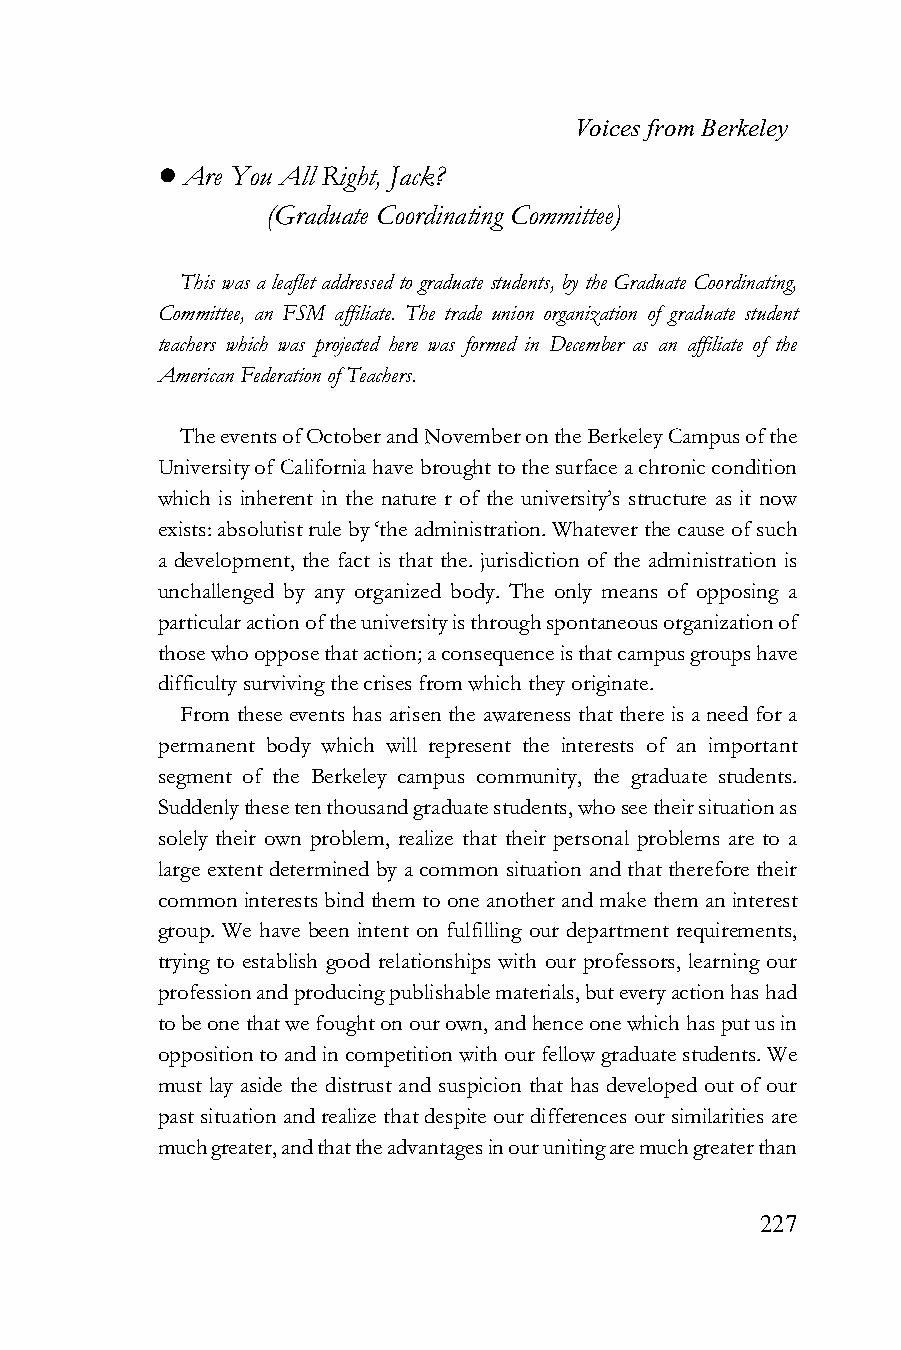
Voices from Berkeley
 ! Are You All Right, Jack?
 (Graduate Coordinating Committee)
 This was a leaflet addressed to graduate students, by the Graduate Coordinating,
 Committee, an FSM affiliate. The trade union organization of graduate student
 teachers which was projected here was formed in December as an affiliate of the
 American Federation of Teachers.
 The events of October and November on the Berkeley Campus of the
 University of California have brought to the surface a chronic condition
 which is inherent in the nature r of the university’s structure as it now
 exists: absolutist rule by ‘the administration. Whatever the cause of such
 a development, the fact is that the. jurisdiction of the administration is
 unchallenged by any organized body. The only means of opposing a
 particular action of the university is through spontaneous organization of
 those who oppose that action; a consequence is that campus groups have
 difficulty surviving the crises from which they originate.
 From these events has arisen the awareness that there is a need for a
 permanent body which will represent the interests of an important
 segment of the Berkeley campus community, the graduate students.
 Suddenly these ten thousand graduate students, who see their situation as
 solely their own problem, realize that their personal problems are to a
 large extent determined by a common situation and that therefore their
 common interests bind them to one another and make them an interest
 group. We have been intent on fulfilling our department requirements,
 trying to establish good relationships with our professors, learning our
 profession and producing publishable materials, but every action has had
 to be one that we fought on our own, and hence one which has put us in
 opposition to and in competition with our fellow graduate students. We
 must lay aside the distrust and suspicion that has developed out of our
 past situation and realize that despite our differences our similarities are
 much greater, and that the advantages in our uniting are much greater than
 227